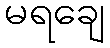
မရချေ